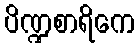
ပိဏ္ဍစာရိကေ